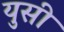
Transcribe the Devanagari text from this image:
युसी